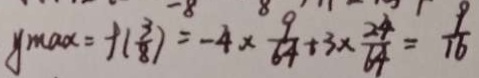
y _ { \max } = f ( \frac { 3 } { 8 } ) = - 4 \times \frac { 9 } { 6 4 } + 3 \times \frac { 2 4 } { 6 4 } = \frac { 9 } { 1 6 }